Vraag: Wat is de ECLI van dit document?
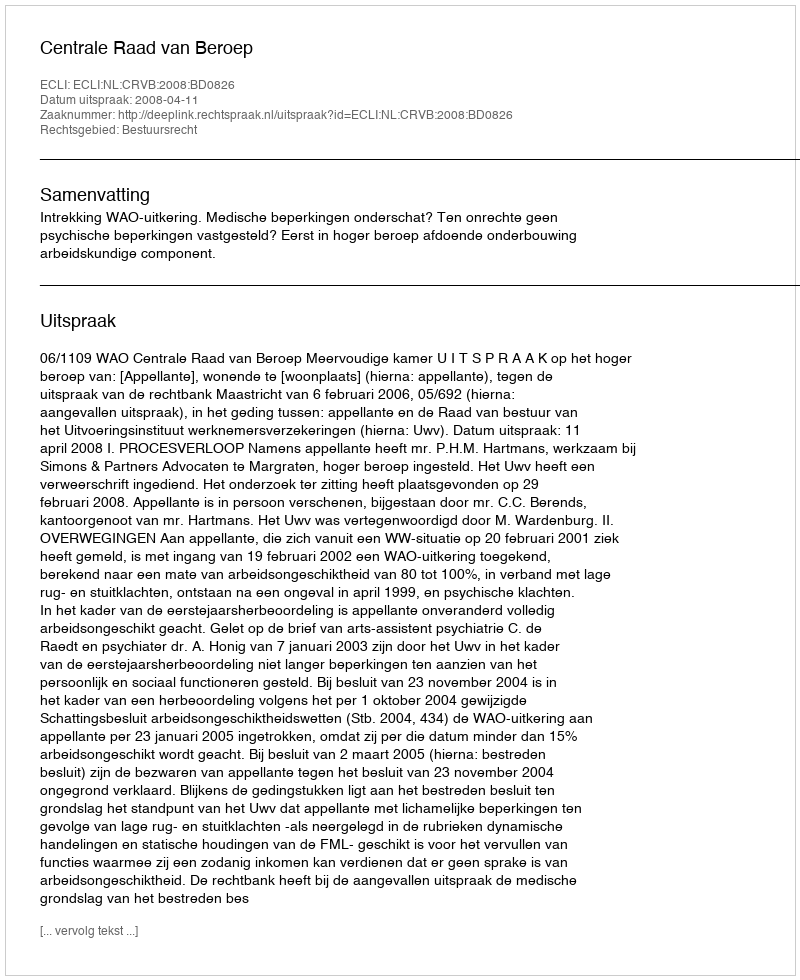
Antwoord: ECLI:NL:CRVB:2008:BD0826